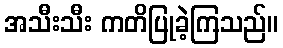
အသီးသီး ကတိပြုခဲ့ကြသည်။